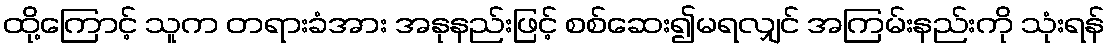
ထို့ကြောင့် သူက တရားခံအား အနုနည်းဖြင့် စစ်ဆေး၍မရလျှင် အကြမ်းနည်းကို သုံးရန်